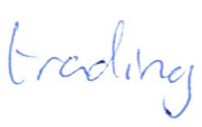
Text: trading
Cross-out: clean
Writing tool: ballpoint